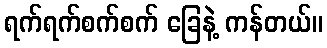
ရက်ရက်စက်စက် ခြေနဲ့ ကန်တယ်။